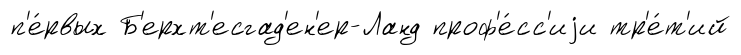
п'е́рвых Б'ерхт'есгад'ен'ер-Ланд проф'е́сс'иjи тр'е́т'ий